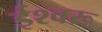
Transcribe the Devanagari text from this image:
ईश्वरू